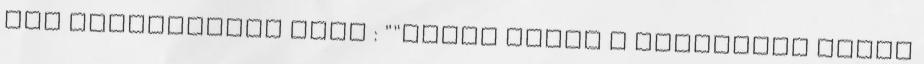
úgy módosítanám hogy : ""Nincs nekem a zsidókkal semmi